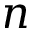
n